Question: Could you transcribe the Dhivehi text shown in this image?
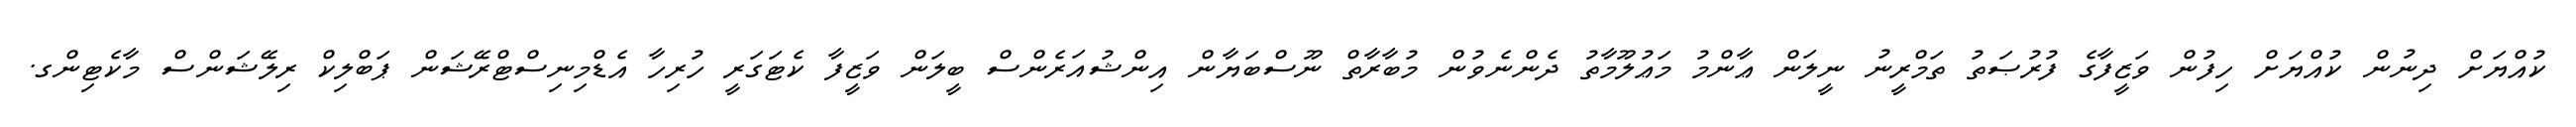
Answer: ކުއްޔަށް ދިނުން ކުއްޔަށް ހިފުން ވަޒީފާގެ ފުރުޞަތު ތަމްރީނު ނީލަން ޢާންމު މަޢުލޫމާތު ދެންނެވުން މުބާރާތް ނޫސްބަޔާން އިންޝުއަރެންސް ބީލަން ވަޒީފާ ކެޓަގަރީ ހުރިހާ އެޑްމިނިސްޓްރޭޝަން ޕަބްލިކް ރިލޭޝަންސް މާކެޓިންގ.